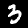
Label: 3